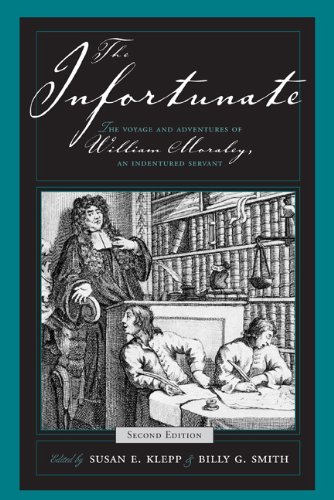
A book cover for The Infortunate: The Voyage and Adventures of William Moraley, an Indentured Servant; William Moraley; Biographies & Memoirs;